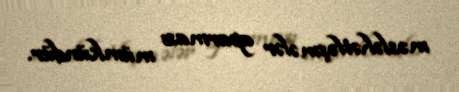
məsləhətləşmələr aparması mümkündür.